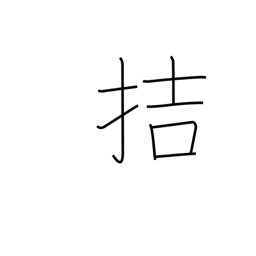
Meaning: be imminent